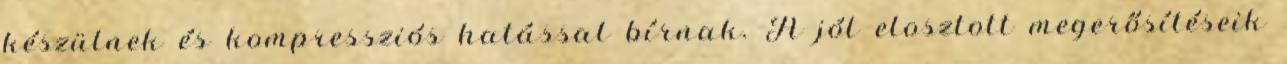
készülnek és kompressziós hatással bírnak. A jól elosztott megerősítéseik